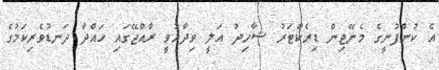
އެ ކުންފުނީގެ މެނޭޖިން ޑިރެކްޓަރު ޝާހިދު އަލީ ވިދާޅުވީ ރާއްޖޭގައި ހައްދާ ދަނޑުވެރިކަމުގެ